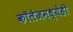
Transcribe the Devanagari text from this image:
कॉलेजमध्येही